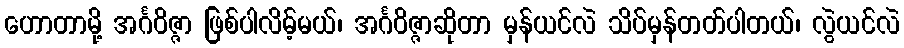
ဟောတာမို့ အင်္ဂဝိဇ္ဇာ ဖြစ်ပါလိမ့်မယ်၊ အင်္ဂဝိဇ္ဇာဆိုတာ မှန်ယင်လဲ သိပ်မှန်တတ်ပါတယ်၊ လွဲယင်လဲ